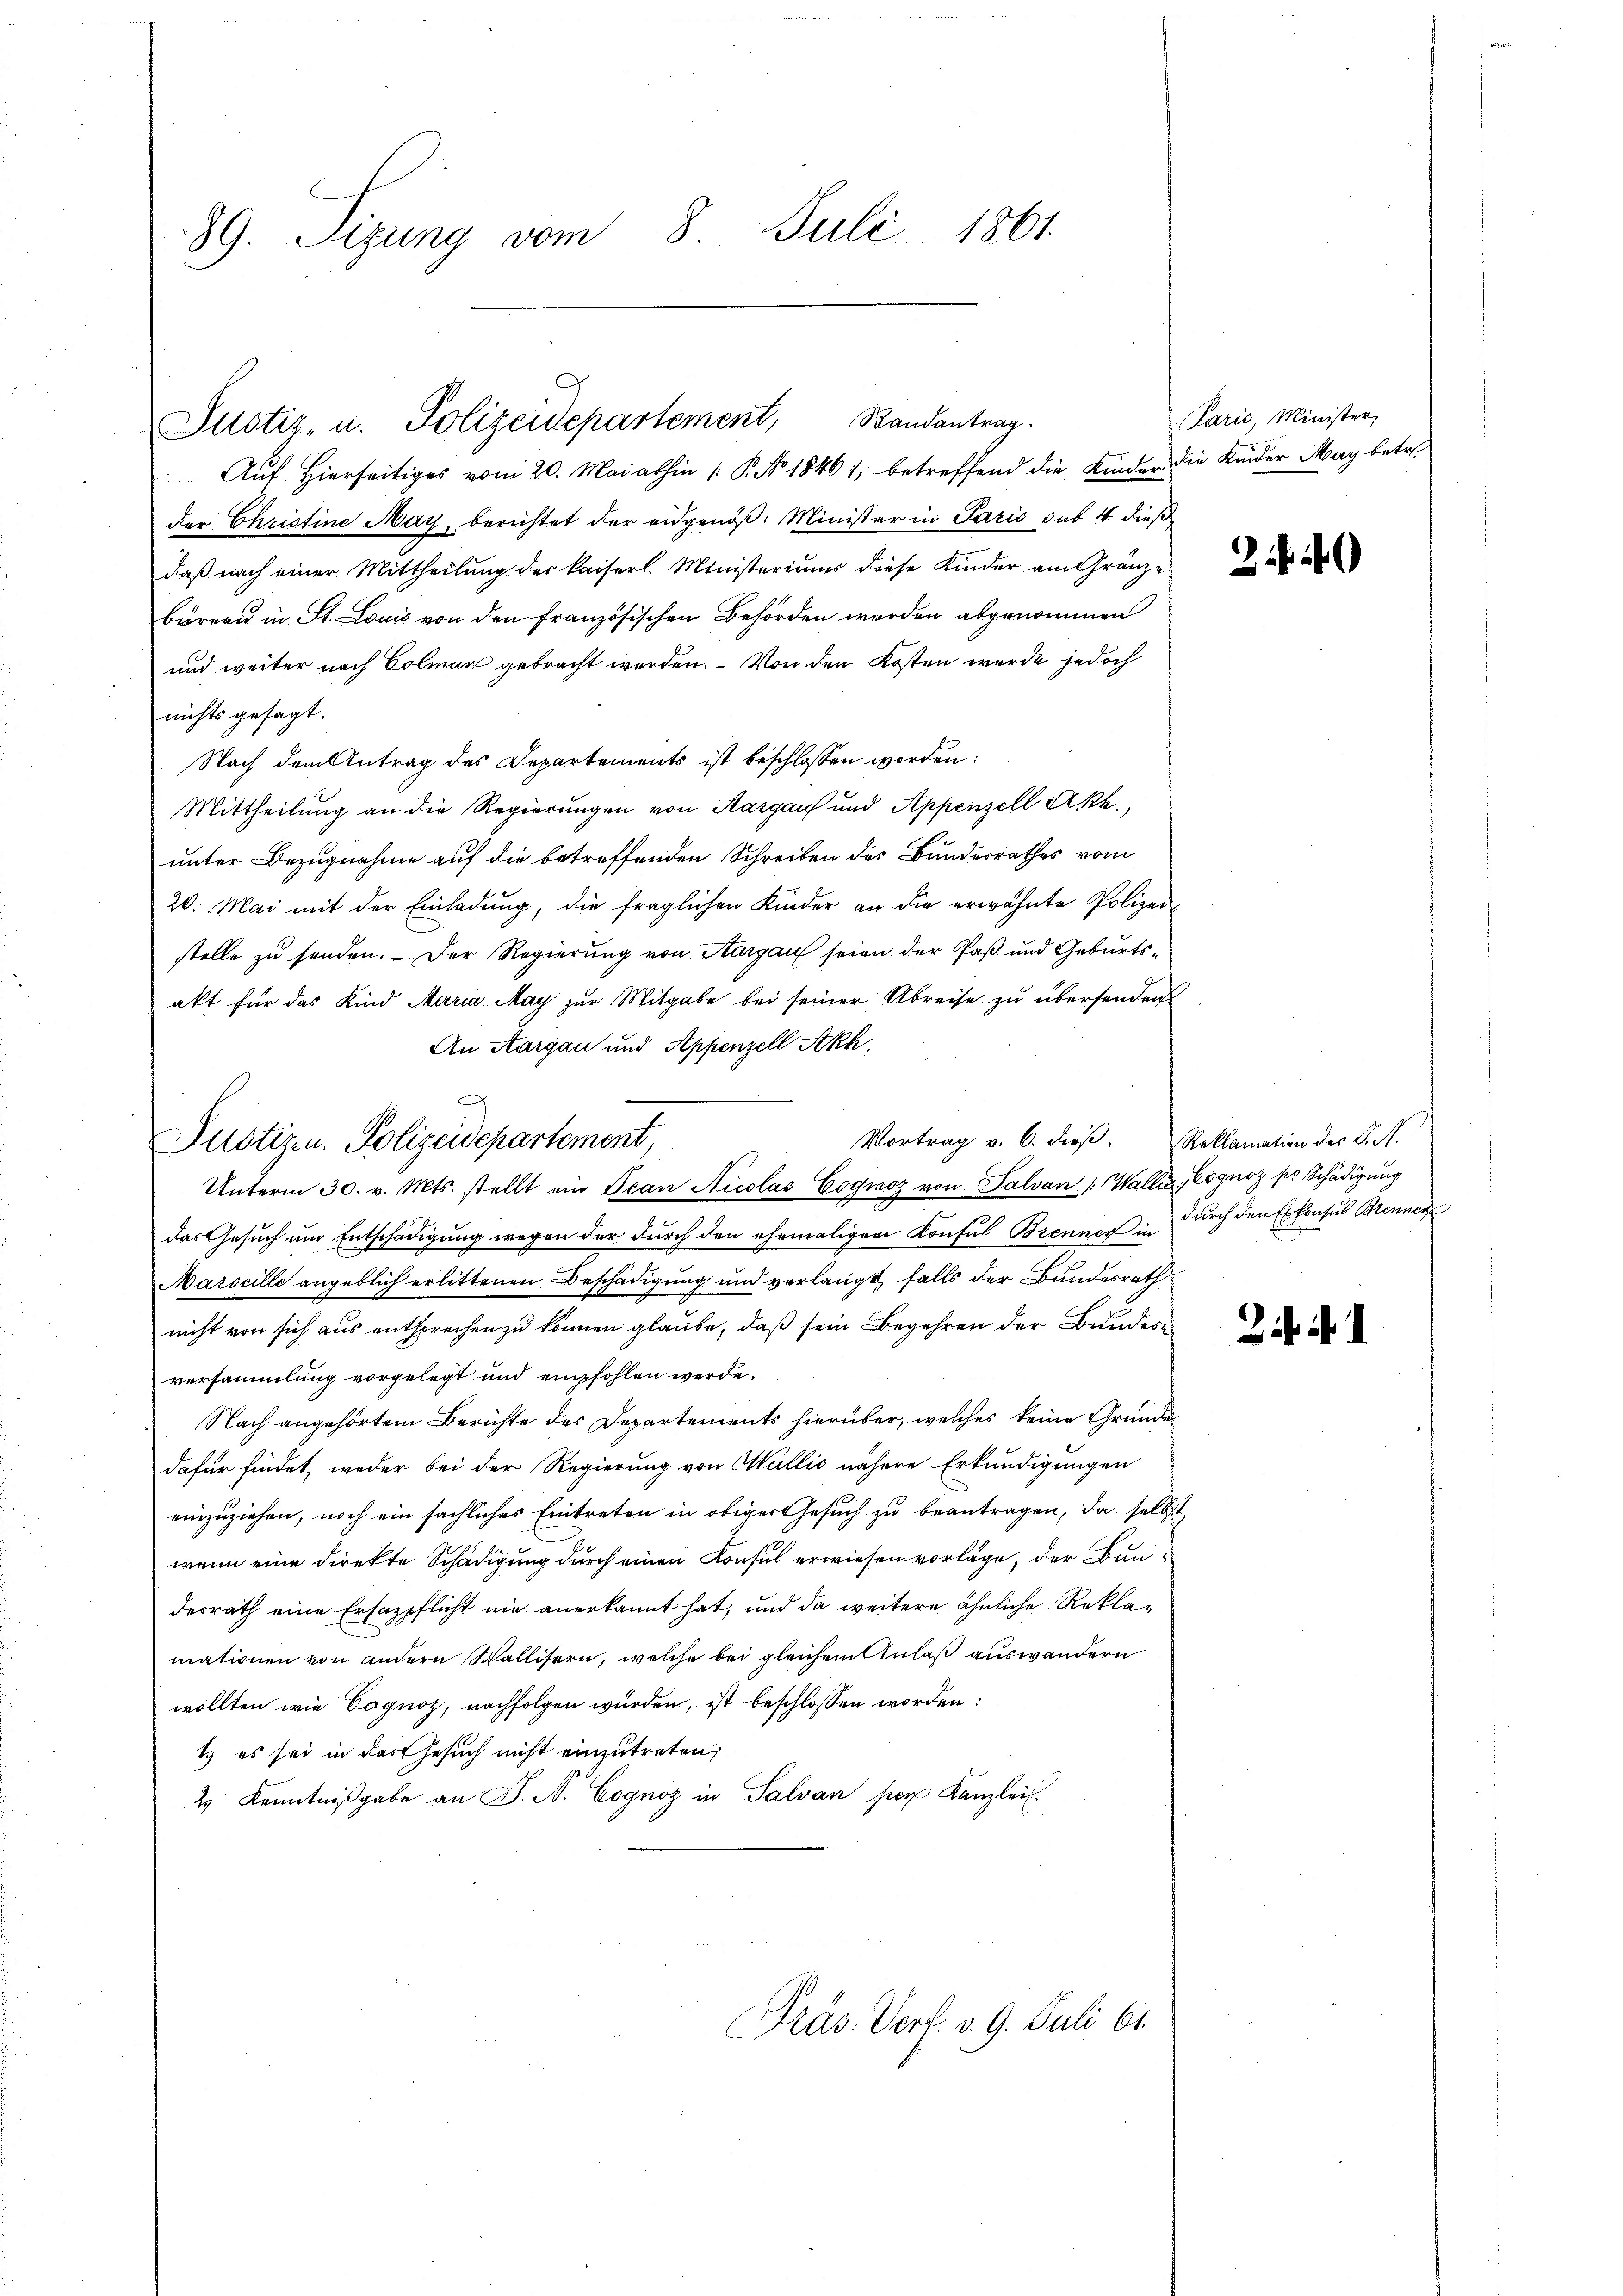
89. Sizung vom 8. Juli 1861

Justiz- u. Polizeidepartement, Randantrag.

Justizen. Polizeidepartement,
Unterm 30. v. Mts. stellt ein Jean Nicolas Cogwoz von Salvan /: Wallis, Cognoz pr. Schädigung

Auf hierseitiges vom 20. Mai abhin /: P. No 18461, betreffend die Kinder die Kinder May betr.
der Christine May, berichtet der eidgenöß. Minister in Paris sub. 4. dieß
daß nach einer Mittheilung der kaiserl. Ministeriums diese Kinder am Gränzbüreau in St. Louis von den französischen Behörden worden abgenommen
und weiter nach Colmar gebracht werden. Von den Kosten werde jedoch
nichts gesagt.
Nach dem Antrag des Departements ist beschlossen worden:
Mittheilung an die Regierungen von Aargauf und Appenzell Akk.,
unter Bezugnahme auf die betreffenden Schreiben des Bundesrathes vom
20. Mai mit der Einladŭng, die fraglichen Kinder an die erwähnte Polizeistelle zu senden. Der Regierung von Aargau seien der Paß und Geburtsakt für das Kind Maria May zur Mitgabe bei seiner Abreise zu übersenden
An Aargau und Appenzell Akh.
Vortrag v. 6. dieβ.  Reklamation des C. A.
das Gesuch um Entschädigung wegen der durch den ehemaligen Konsul Brenner in durch den Exkonsus Brennen
Marseille angeblich erlittenen Beschädigung und verlangt falls der Bundesrath
nicht von sich aus entsprechen zu können glaube, daß sein Begehren der Bundesversammlung vorgelegt und empfohlen werde.
Nach angehörtem Berichte des Departements hierüber, welches keine Gründe
dafür findet weder bei der Regierung von Wallis nähere Erkundigungen
einzuziehen, noch ein sächliches Eintreten in obiger Gesuch zu beantragen, da selbst
wenn eine direkte Schädigung durch einen Konsul erwiesen vorlage, der Baudesrath eine Ersatzpflicht nie anerkannt hat, und da weitere ähnliche Reklamationen von andern Wallisern, welche bei gleichem Anlaß auswandern
wollten wie Cognoz, nachfolgen würden, ist beschlossen worden:
t es sei in das Gesuch nicht einzutreten,
4 Kenntniβgabe an J. A. Cognoz in Salvan per Kanzlei.

Präs. Verf. v. 9. Juli 61.

Paris, Minister,

Zif. 1